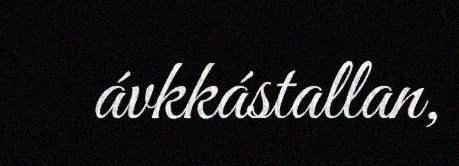
ávkkástallan,